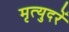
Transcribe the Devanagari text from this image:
मृत्युदरें